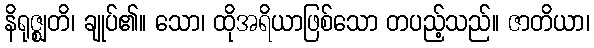
နိရုဇ္ဈတိ၊ ချုပ်၏။ သော၊ ထိုအရိယာဖြစ်သော တပည့်သည်။ ဇာတိယာ၊